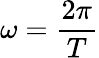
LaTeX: \omega={\frac{2\pi}{T}}